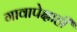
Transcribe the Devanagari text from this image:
गावापेक्षाही